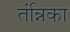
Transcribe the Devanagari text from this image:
तंन्निका